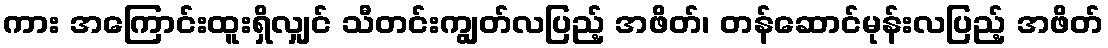
ကား အကြောင်းထူးရှိလျှင် သီတင်းကျွတ်လပြည့် အဖိတ်၊ တန်ဆောင်မုန်းလပြည့် အဖိတ်